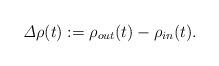
LaTeX: \begin{align*}\mathit{\Delta} \rho(t):=\rho_{out}(t)-\rho_{in}(t).\end{align*}